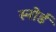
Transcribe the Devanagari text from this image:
स्नोर्ड